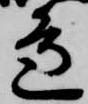
辺